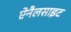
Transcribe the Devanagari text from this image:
ऐनैलसाइट